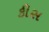
કીસ